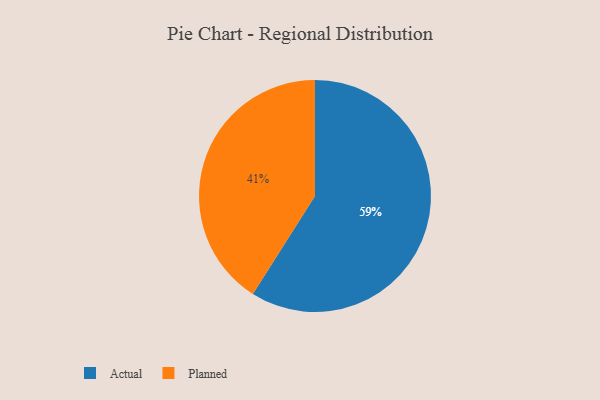
{"axis": {"x": "Category", "y": "Percentage"}, "legend": ["Actual", "Planned"], "data": [{"x": "Planned", "y": 41, "type": "Planned"}, {"x": "Actual", "y": 59, "type": "Actual"}]}